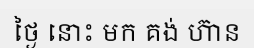
ថ្ងៃ នោះ មក គង់ ហ៊ាន